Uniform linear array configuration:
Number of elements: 32
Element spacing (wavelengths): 1
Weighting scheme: hann
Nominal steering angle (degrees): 30
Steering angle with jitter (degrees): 29.98
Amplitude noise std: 0.05
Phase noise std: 0.05

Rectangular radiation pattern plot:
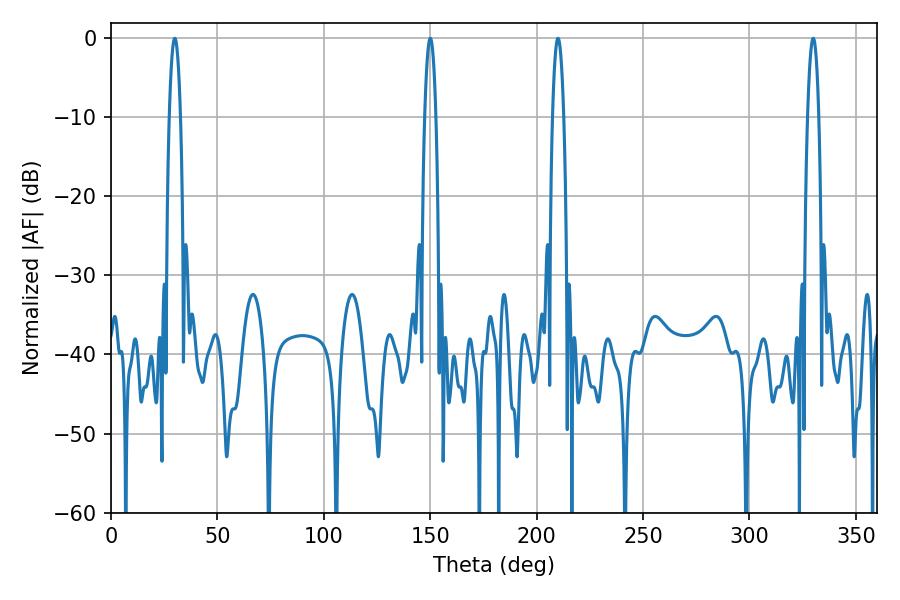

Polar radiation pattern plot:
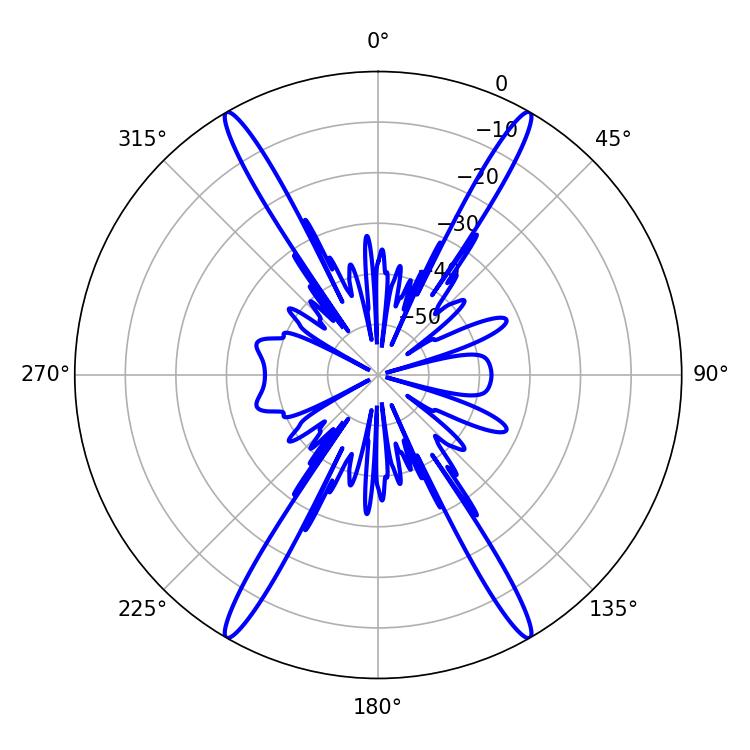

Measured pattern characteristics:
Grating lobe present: TRUE
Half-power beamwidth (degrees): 2.88
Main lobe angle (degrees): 329.94